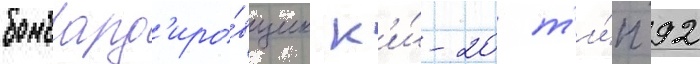
бомбард'иро́вщик к'и́-20 т'и́п 92